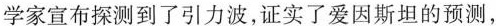
学家宣布探测到了引力波，证实了爱因斯坦的预测，